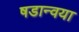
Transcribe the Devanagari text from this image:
षडान्वया